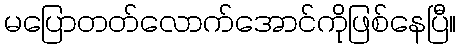
မပြောတတ်လောက်အောင်ကိုဖြစ်နေပြီ။